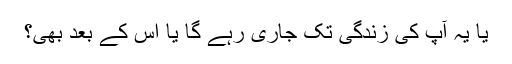
یا یہ آپ کی زندگی تک جاری رہے گا یا اس کے بعد بھی؟